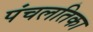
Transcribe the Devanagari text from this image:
पंचलतिका